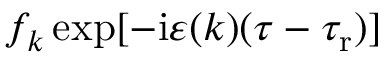
f _ { k } \exp [ - \mathrm { i } \varepsilon ( k ) ( \tau - \tau _ { \mathrm { r } } ) ]